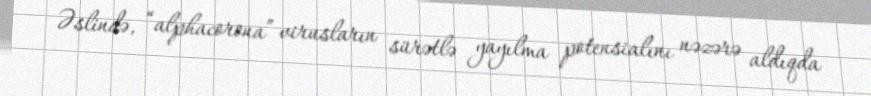
Əslində, “alphacorona” virusların sürətlə yayılma potensialını nəzərə aldıqda